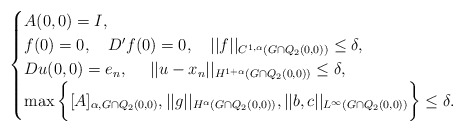
\begin{align*}\begin{cases} A(0, 0) = I, \\ f(0)=0,\ \ \ D' f(0)=0,\ \ \ ||f||_{C^{1,\alpha}(G \cap Q_{2}(0,0))}\le \delta,\\ Du(0, 0)=e_n,\ \ \ \ ||u-x_n||_{H^{1+\alpha}(G \cap Q_{2}(0,0))} \le \delta,\\\max \bigg\{ [A]_{\alpha, G \cap Q_{2}(0,0)}, ||g||_{H^{\alpha}(G \cap Q_{2}(0,0))}, ||b, c||_{L^{\infty}(G \cap Q_{2}(0,0))}\bigg\} \leq \delta.\end{cases}\end{align*}